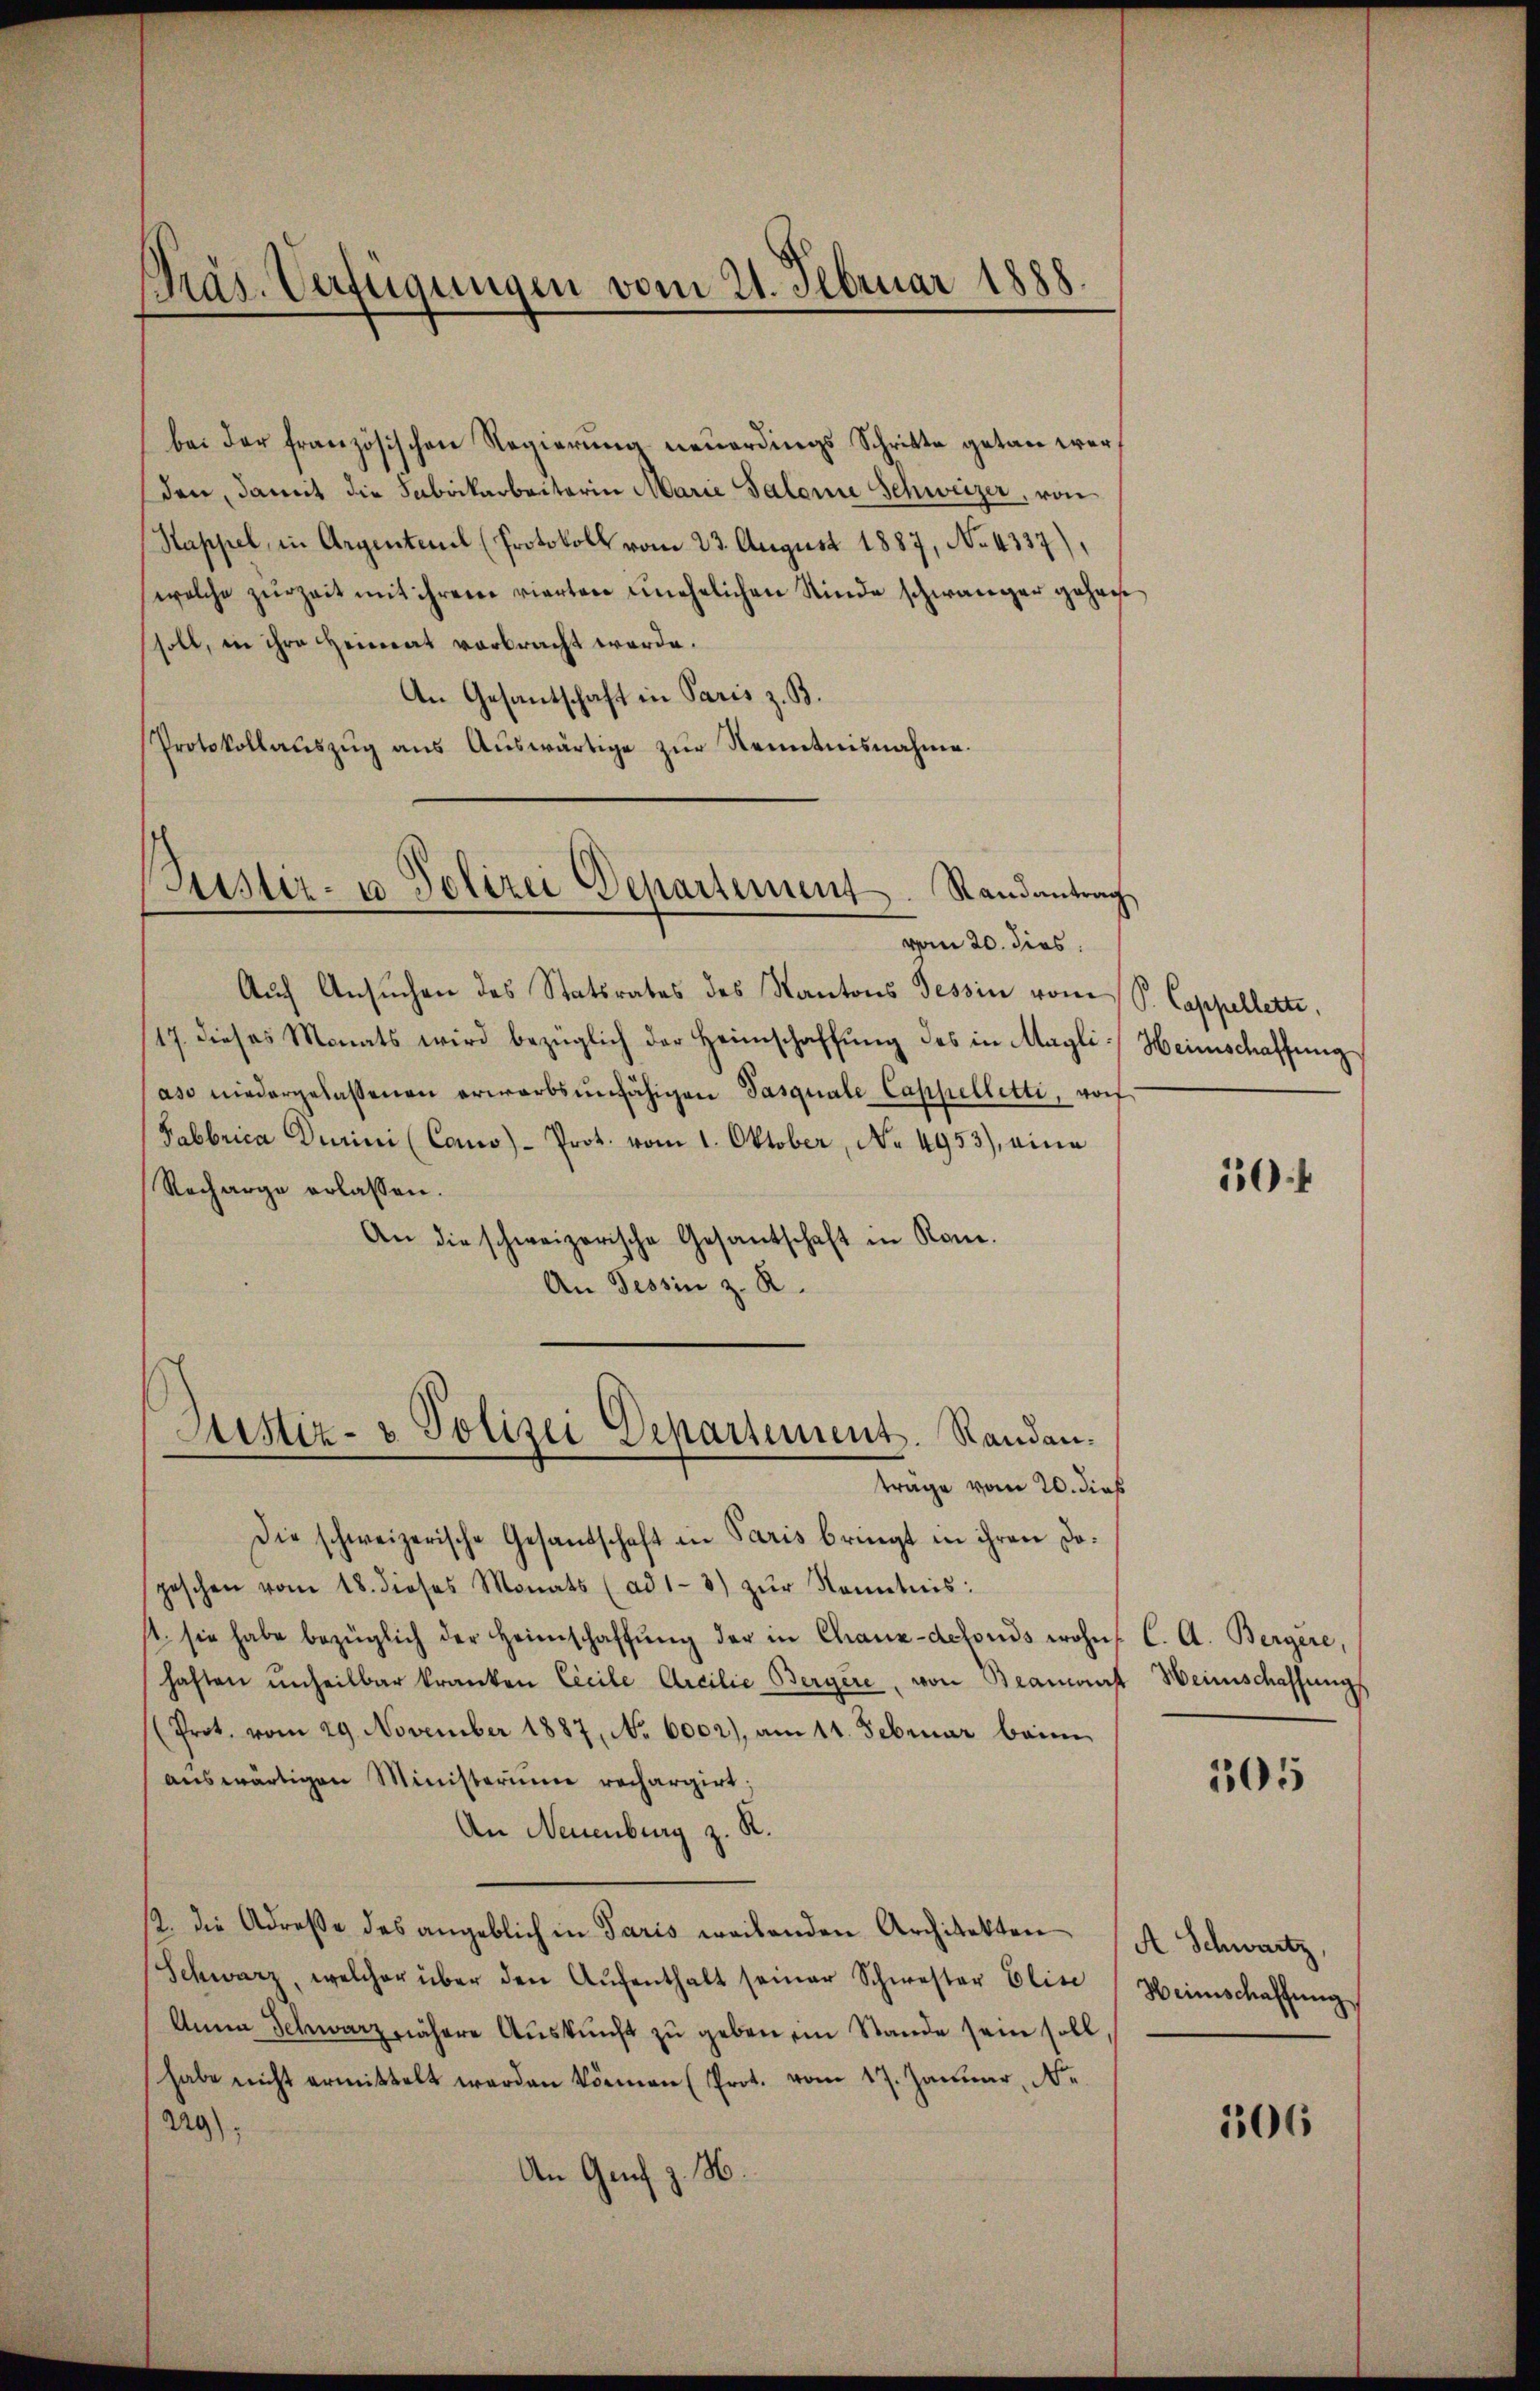
bei der französischen Regierung neuerdings Schritte getan werden, damit die Fabrikarbeiterin Marie Salonie Schweizer, von
Kappel, in Argentenil (Protokoll vom 23. August 1887, No. 4337),
welche zŭrzeit mit ihrem vierten unehelichen Rinde schwänger gehause
soll, in ihre Heimat verbracht werde.
An Gesantschaft in Paris z. B.
Protokollauszug aus Auswärtige zur Kenntnisnahme.

Präs. Verfügungen vom 21. Februar 1888.

ustiz- u Polizei Departement. Randantrag
vom 20. dies

Auch Ansuchen des Statsrates des Kantons Tessin vom S. Cappellette,
17. dieses Monats wird bezüglich der Heimschaffŭng des in Magli Heimschaffung
aso niedergelassenen erwarbsunfähigen Pasquale Cappelletti, worf
Fabbrica Durini (Cao)- Prot. vom 1. Oktober, No 4953), eina
Recharge erlassen.
An die schweizerische Gesantschaft in Rom.
An Tessin z. R.

Justiz- & Polizei Departement. Randanträge vom 20. dieß

Die schweizerische Gesandschaft in Paris bringt in ihren Dogeschen vom 18. dieses Monats (ad 1-3) zŭr Kenntnis:
st: sie habe bezüglich der Heimschaffŭng der in Chaux-defonds wohnt. C. A. Bergere,
haften unheilbar kranken Cicile Arcilie Bergere, von Beamant Heinschaffungs
(Prot. vom 29. November 1887, No 6002), am 11. Februar beim
auswärtigen Ministerium rechargirt;
An Neuenburg z. R.
12. die Adresse des angeblich in Paris weitenden Architekten A. Schwartz,
Schwarz, welcher über den Aŭfenthalt seiner Schwester Elise Heimschaffŭng
Anna Schwarz nähere Auskunft zu gebenem Stande sein soll
habe nicht ermittelt werden können (Prot. vom 17. Januar, Ne
29);
An Genf z. H.

504

505

106